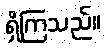
ရှိကြသည်။